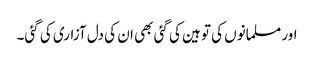
اور مسلمانوں کی توہین کی گئی بھی ان کی دل آزاری کی گئی۔